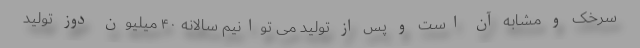
سرخک و مشابه آن است و پس از تولید می توانیم سالانه ۴۰ میلیون دوز تولید